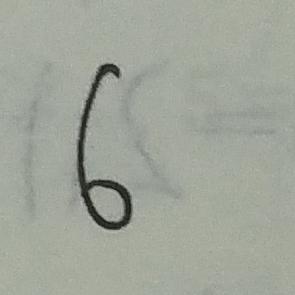
6